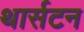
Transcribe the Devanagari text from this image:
थार्सटन